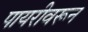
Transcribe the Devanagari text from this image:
पायरीवरून